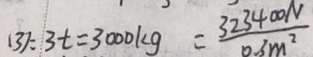
( 3 ) : 3 t = 3 0 0 0 k g = \frac { 3 2 3 4 0 0 N } { 0 . 3 m ^ { 2 } }